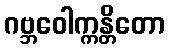
ဂဗ္ဘဝေါက္ကန္တိတော